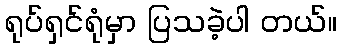
ရုပ်ရှင်ရုံမှာ ပြသခဲ့ပါ တယ်။